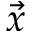
\vec { x }